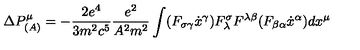
\Delta P _ { ( A ) } ^ { \mu } = - \frac { 2 e ^ { 4 } } { 3 m ^ { 2 } c ^ { 5 } } \frac { e ^ { 2 } } { A ^ { 2 } m ^ { 2 } } \int ( F _ { \sigma \gamma } \dot { x } ^ { \gamma } ) F _ { \lambda } ^ { \sigma } F ^ { \lambda \beta } ( F _ { \beta \alpha } \dot { x } ^ { \alpha } ) d x ^ { \mu } \,